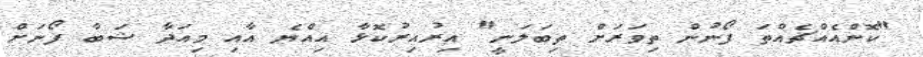
"ކޮންއެއްޗެއްތަ ފޯނުން ތިވަރަށް ތިބަލަނީ" އިރުއިރުކޮޅާ އިއްޔެ އާއި މިއަދާ ޝަބާ ފޯނަށް